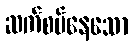
ဆက်စပ်နေသော